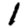
Digit: 1